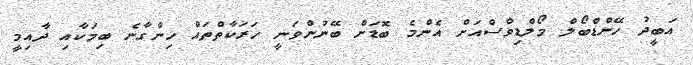
އަބީދު ހޭންޑްބޯލް މޯލްޑިވްސްއަށް އެންމެ ބޮޑަށް ބޭނުންވަނީ ހަރަކާތްތައް ހިންގާނެ ބިމަކާއި ދާއިމީ